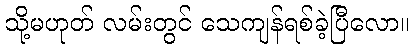
သို့မဟုတ် လမ်းတွင် သေကျန်ရစ်ခဲ့ပြီလော။